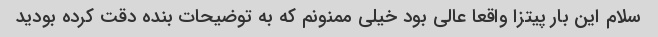
سلام این بار پیتزا واقعا عالی بود خیلی ممنونم که به توضیحات بنده دقت کرده بودید